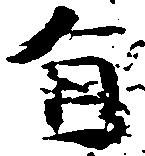
旨